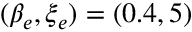
( \beta _ { e } , \xi _ { e } ) = ( 0 . 4 , 5 )